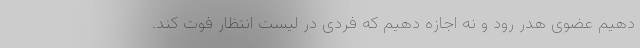
دهیم عضوی هدر رود و نه اجازه دهیم که فردی در لیست انتظار فوت کند.